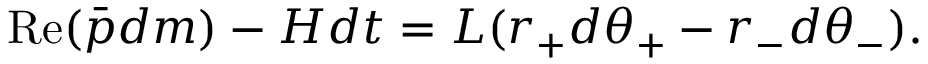
\mathrm { R e } ( \bar { p } d m ) - H d t = L ( r _ { + } d \theta _ { + } - r _ { - } d \theta _ { - } ) .